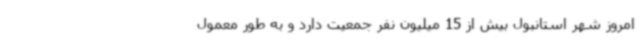
امروز شهر استانبول بیش از 15 میلیون نفر جمعیت دارد و به طور معمول